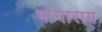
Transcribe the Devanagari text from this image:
मांगाराम